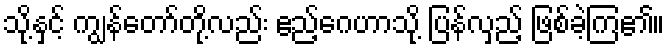
သို့နှင့် ကျွန်တော်တို့လည်း ဧည့်ဂေဟာသို့ ပြန်လှည့် ဖြစ်ခဲ့ကြ၏။